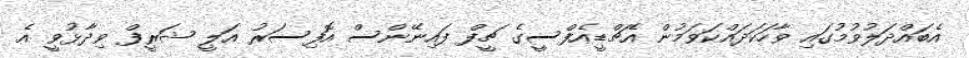
އެބައްދަލުވުމުގައި ވާހަކަދައްކަވަމުން އެޗްޑީއެފްސީގެ ޗީފް ފައިނޭންސް އޮފިސަރު އަލީ ޝަރީފް ވިދާޅުވީ އެ